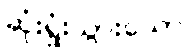
ဆုံးရှုံးသွားသော